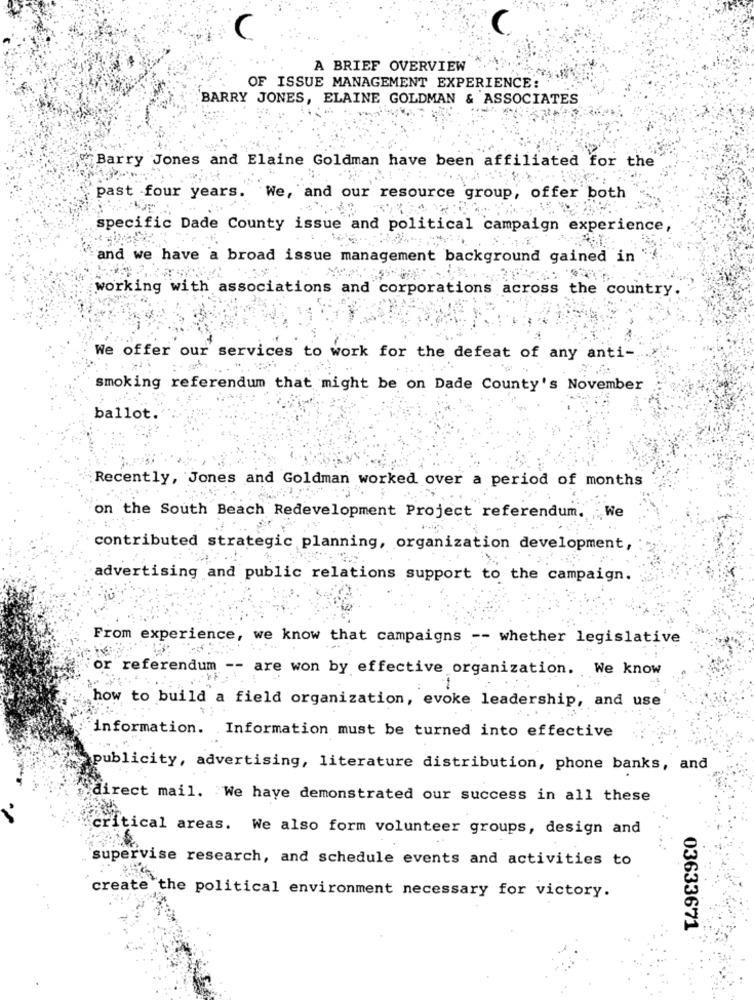
C
A BRIEF OVERVIEW
OF ISSUE MANAGEMENT EXPERIENCE:
BARRY JONES, ELAINE GOLDMAN & ASSOCIATES
Barry Jones and Elaine Goldman have been affiliated for the
past four years. We, and our resource group, offer both
specific Dade County issue and political campaign experience,
and we have a broad issue management background gained in
working with associations and corporations across the country.
We offer our services to work for the defeat of any anti-
smoking referendum that might be on Dade County's November
ballot.
Recently, Jones and Goldman worked over a period of months
on the South Beach Redevelopment Project referendum. We
contributed strategic planning, organization development,
advertising and public relations support to the campaign.
From experience, we know that campaigns -- whether legislative
or referendum
are won by effective organization. We know
how to build a field organization, evoke leadership, and use
information. Information must be turned into effective
publicity, advertising, literature distribution, phone banks, and
direct mail. We have demonstrated our success in all these
critical areas. We also form volunteer groups, design and
supervise research, and schedule events and activities to
create the political environment necessary for victory.
03633671